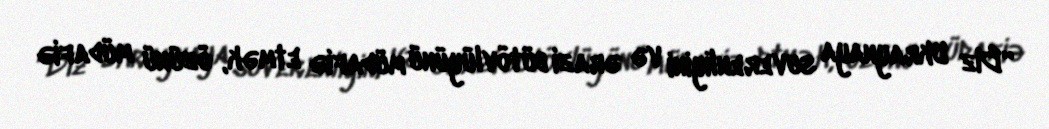
“Biz Ukraynaya suverenliyini və ərazi bütövlüyünü müdafiə etmək, özünü müdafiə